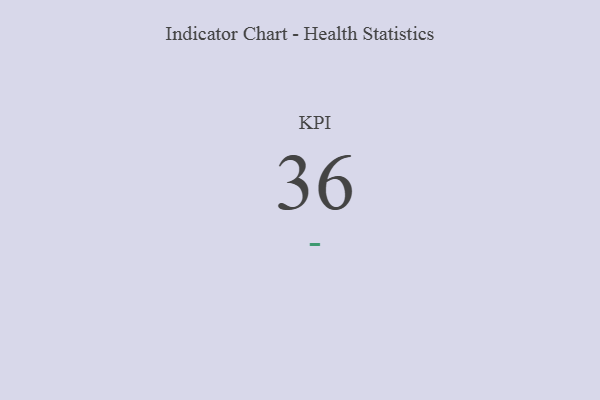
{"axis": {"x": "KPI", "y": "Value"}, "legend": [""], "data": [{"x": "KPI", "y": 36, "type": ""}]}